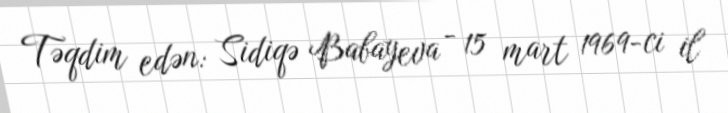
Təqdim edən: Sidiqə Babayeva - 15 mart 1969-ci il